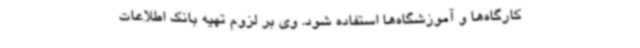
کارگاه‌ها و آموزشگاه‌ها استفاده شود. وی بر لزوم تهیه بانک اطلاعات